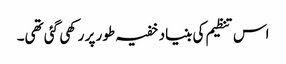
اس تنظیم کی بنیاد خفیہ طور پر رکھی گئی تھی۔